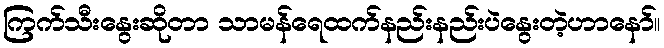
ကြက်သီးနွေးဆိုတာ သာမန်ရေထက်နည်းနည်းပဲနွေးတဲ့ဟာနော်။